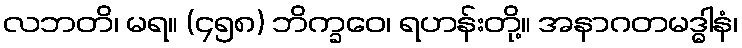
လဘတိ၊ မရ။ (၄၅၈) ဘိက္ခဝေ၊ ရဟန်းတို့။ အနာဂတမဒ္ဓါနံ၊